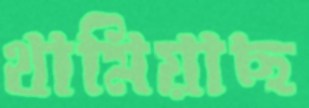
থামিয়াছ